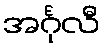
အင်္ဂုလီ